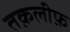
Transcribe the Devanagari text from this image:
तक़लीफ़